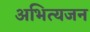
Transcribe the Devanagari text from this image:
अभित्यजन